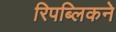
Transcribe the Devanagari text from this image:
रिपब्लिकने